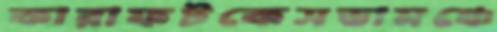
কারাফটকেসভামঞ্চে